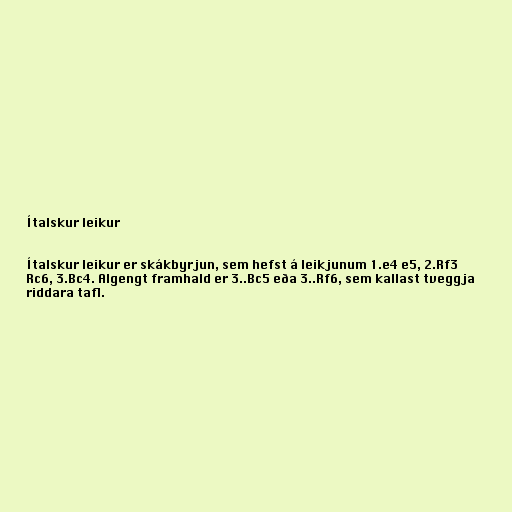
Ítalskur leikur

Ítalskur leikur er skákbyrjun, sem hefst á leikjunum 1.e4 e5, 2.Rf3
Rc6, 3.Bc4. Algengt framhald er 3..Bc5 eða 3..Rf6, sem kallast tveggja
riddara tafl.